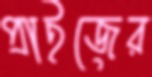
প্রাইজের